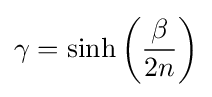
\gamma =\sinh \left({\frac {\beta }{2n}}\right)